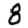
Digit: 8